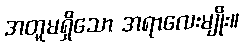
အတူမရှိသော အရာလေးမျိုး။